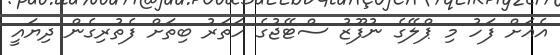
އެއަށް ފަހު މި ޕްލޭގެ ނުފޫޒު ސްޓޭޖުގެ ހަތަރު ބިތަށް ފެތުރިގެން ދިޔައީ